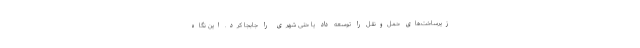
زیرساخت‌های حمل‌و‌نقل را توسعه داد یا حتی شهری را جابجا کرد. این نگاه